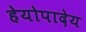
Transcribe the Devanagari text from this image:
हेयोपादेय